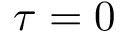
\tau = 0